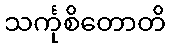
သင်္ကုစိတောတိ